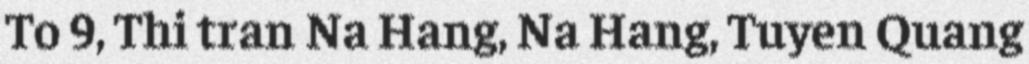
To 9, Thi tran Na Hang, Na Hang, Tuyen Quang